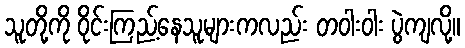
သူတို့ကို ဝိုင်းကြည့်နေသူများကလည်း တဝါးဝါး ပွဲကျလို့။